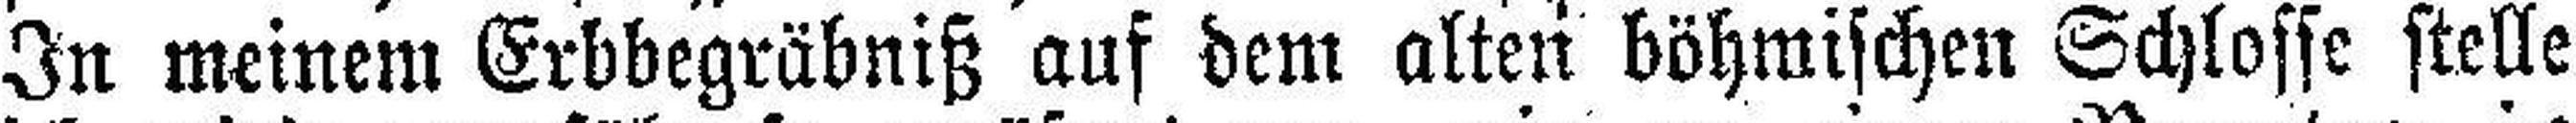
In meinem Erbbegräbniß auf dem alten böhmischen Schlosse stelle